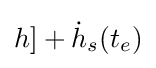
h]+{\dot {h}}_{s}(t_{e})